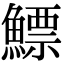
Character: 鰾